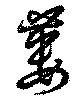
蔞